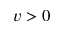
v > 0